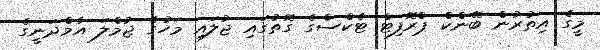
މީގެ އިތުރުން ބޭންކް ޕްރޮފިޓް ޓެކްސްގެ ގޮތުގައި ޖުލައި މަހުގެ ޖުމްލަ އާމްދަނީގެ